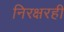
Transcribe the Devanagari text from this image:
निरक्षरही